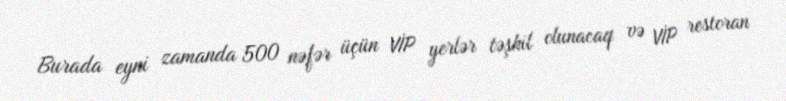
Burada eyni zamanda 500 nəfər üçün VİP yerlər təşkil olunacaq və VİP restoran